Report on sanitation, dispensaries, and jails in Rajputana for 1921, and on vaccination for the year 1921-1922 - 1921-1922
Year: 1921
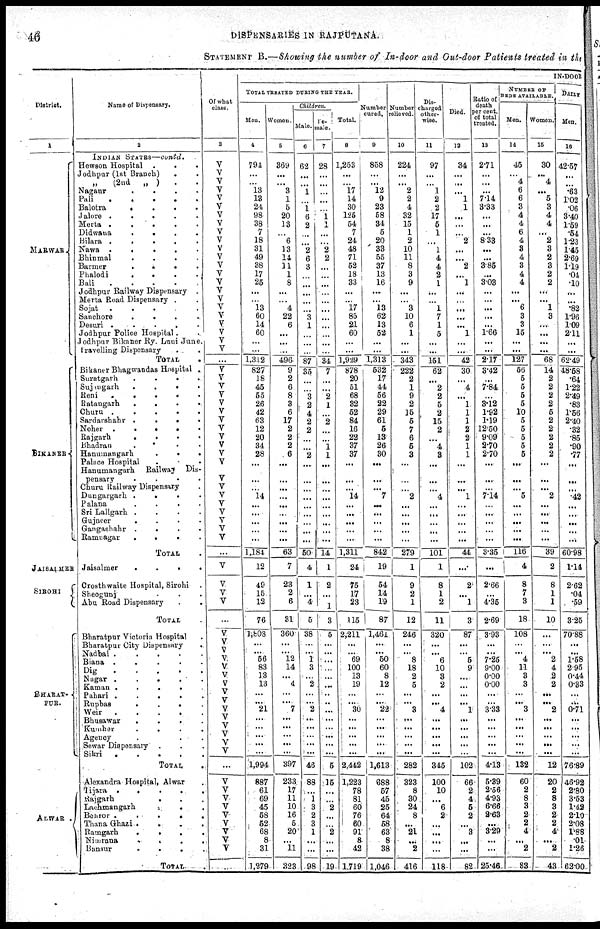
46
DISPENSARIES IN RAJPUTANA.
STATEMENT B.—Showing the number of In-door and Out-door Patients treated in the
District.
1
MARWAR
BIKANER
JAISALMER
SIROHI
BHARAT¬
PUR.
ALWAR.
Name of Dispensary.
2
INDIAN STATES—contd.
Hewson Hospital...
Jodhpur (1st Branch)..
„
(2nd
„
)..
Nagaur....
Pali.....
Balotra....
Jalore.....
Merta.....
Didwana....
Bilara.....
Nawa.....
Bhinmal....
Barmer....
Phalodi....
Bali
Jodhpur Railway Dispensary.
Merta Road Dispensary..
Sojat.....
Sanchore....
Desuri.....
Jodhpur Police Hospital. .
Jodhpur Bikaner Ry. Luni June.
Travelling Dispensary..
TOTAL.
Bikaner Bhagwandas Hospital.
Suratgarh....
Sujangarh....
Reni....
Ratangarh....
Churu.....
Sardarshahr....
Noher.....
Rajgarh....
Bhadran....
Hanumangarh...
Palace Hospital...
Hanumangarh
Railway Dis-
pensary....
Churu Railway Dispensary.
Dungargarh....
Palana....
Sri Lallgarh....
Gujneer....
Gangashahr....
Ramnagar....
TOTAL.
Jaisalmer....
Crosthwaite Hospital, Sirohi.
Sheogunj...
Abu Road Dispensary..
TOTAL.
Bharatpur Victoria Hospital.
Bharatpur City Dispensary.
Nadbai.....
Biana.....
Dig.....
Nagar.....
Kaman.....
Pahari.....
Rupbas.....
Weir.....
Bhusawar....
Kumher....
Agency....
Sewar Dispensary...
Sikri.....
TOTAL.
Alexandra Hospital, Alwar.
Tijara.....
Rajgarh.....
Lachmangarh...
Behror.....
Thana Ghazi....
Ramgarh....
Nimrana....
Bansur....
TOTAL.
Of what
class.
3
V
V
V
V
V
V
V
V
V
V
V
V
V
V
V
V
V
V
V
V
V
V
V
...
V
V
V
V
V
V
V
V
V
V
V
V
V
V
V
V
V
V
V
V
...
V
V
V
V
...
V
V
V V
V
V
V
V
V
V
V
V
V
V
V
...
V
V
V
V
V
V
V
V
V
...
IN-DOOR
TOTAL TREATED DURING THE YEAR.
Men.
4
794
...
...
13
13
24
98
38
7
18
31
49
38
17
25
...
...
13
60
14
60
...
...
1,312
827
18
45
55
26
42
63
12
20
34
28
...
...
...
14
...
...
...
...
...
1,184
12
49
15
12
76
1,808
...
...
56
83
13
13
...
...
21
...
...
...
...
...
1,994
887
61
69
45
58
52
68
8
31
1,279
Women.
5
369
...
...
3
1
5
20
13
...
6
13
14
11
1
8
...
...
4
22
6
...
...
...
496
9
2
6
8
3
6
17
2
2
2
6
...
...
...
...
...
...
...
...
...
63
7
23
2
6
31
360
...
...
12
14
...
4
...
...
7
...
...
...
...
...
397
233
17
11
10
16
5
20
...
11
323
Children.
Male.
6
62
...
...
1
...
1
6
2
...
...
2
6
3
...
...
...
...
...
3
1
...
...
...
87
35
...
...
3
2
4
2
2
...
...
2
...
...
...
...
...
...
...
...
...
50
4
1
...
4
5
38
...
...
1
3
...
2
...
...
2
...
...
...
...
...
46
88
...
1
3
2
3
1
...
...
98
Fe¬
male.
7
28
...
...
...
...
...
1
1
...
...
2
2
...
...
...
...
...
...
...
...
...
...
...
34
7
...
...
2
1
...
2
...
...
1
1
...
...
...
...
...
...
...
...
...
14
1
2
...
1
3
5
...
...
...
...
...
...
...
...
...
...
...
...
...
...
5
15
...
...
2
...
...
2
...
...
19
Total.
8
1,253
...
...
17
14
30
125
54
7
24
48
71
52
18
33
...
...
17
85
21
60
...
...
1,929
878
20
51
68
32
52
84
16
22
37
37
...
...
...
14
...
...
...
...
...
1,311
24
75
17
23
115
2,211
...
...
69
100
13
19
...
...
30
...
...
...
...
...
2,442
1,223
78
81
60
76
60
91
8
42
1,719
Number
cured.
9
858
...
...
12
9
23
58
34
5
20
33
55
37
13
16
...
...
13
62
13
52
...
...
1,313
532
17
44
56
22
29
61
5
13
26
30
...
...
...
7
...
...
...
...
...
842
19
54
14
19
87
1,461
...
...
50
60
8
12
...
...
22
...
...
...
...
...
1,613
688
57
45
25
64
58
63
8
38
1,046
Number
relieved.
10
224
...
...
2
2
4
32
15
1
2
10
11
8
3
9
...
...
3
10
6
1
...
...
343
222
2
1
9
2
15
5
7
6
5
3
...
...
...
2
...
...
...
...
...
279
1
9
2
1
12
246
...
...
8
18
2
5
...
...
3
...
...
...
...
...
282
323
8
30
24
8
...
21
...
2
416
Dis¬
charged
other¬
wise.
11
97
...
...
1
2
2
17
5
1
...
1
4
4
2
1
...
...
1
7
1
5
...
...
151
62
...
2
2
5
2
15
2
...
4
3
...
...
...
4
...
...
...
...
...
101
1
8
1
2
11
320
...
...
6
10
3
2
...
...
4
...
...
...
...
...
345
100
10
...
6
2
...
...
...
...
118
Died.
12
34
...
...
...
1
1
...
...
...
2
...
...
2
...
1
...
...
...
...
...
1
...
...
42
30
...
4
...
1
1
1
2
2
1
1
...
...
...
1
...
...
...
...
...
44
...
2
...
1
3
87
...
...
5
9
...
...
...
...
1
...
...
...
...
...
102
66
2
4
5
2
...
3
...
...
82
Ratio of
death
per cent.
of total
treated.
13
2.71
...
...
...
7.14
3.33
...
...
...
8.33
...
...
3.85
...
3.03
...
...
...
...
...
1.66
...
...
2.17
3.42
...
7.84
...
3.12
1.92
1.19
12.50
9.09
2.70
2.70
...
...
...
7.14
...
...
...
...
...
3.35
...
2.66
...
4.35
2.69
3.93
...
...
7.25
9.00
0.00
0.00
...
...
3.33
...
...
...
...
...
4.13
5.39
2.56
4.93
6.66
2.63
...
3.29
...
...
25.46
NUMBER OF
BEDS AVAILABLE.
Men.
14
45
...
4
6
6
3
4
4
6
4
3
4
3
4
4
...
...
6
3
3
15
...
...
127
56
5
5
5
5
10
5
5
5
5
5
...
...
...
5
...
...
...
...
...
116
4
8
7
3
18
108
...
...
4
11
3
3
...
...
3
...
...
...
...
...
132
60
2
8
3
2
2
4
...
2
83
Women.
15
30
...
4
...
5
3
4
4
...
2
3
2
3
2
2
...
...
1
3
...
...
...
...
68
14
2
2
2
2
5
2
2
2
2
2
...
...
...
2
...
...
...
...
...
39
2
8
1
1
10
...
...
...
2
4
2
2
...
...
2
...
...
...
...
...
12
20
2
8
3
2
2
4
...
2
43
DAILY
Men.
16
42.57
...
...
.63
1.02
.06
3.40
1.59
.54
1.23
1.45
2.69
1.19
.04
.10
...
...
.82
1.96
1.09
2.11
...
...
62.49
48.58
.64
1.22
2.49
.83
1.56
2.40
.32
.85
.90
.77
...
...
...
.42
...
...
...
...
...
60.98
1.14
2.62
.04
.59
3.25
70.88
...
...
1.58
2.95
0.44
0.33
...
...
0.71
...
...
...
...
...
76.89
46.92
2.80
3.53
1.42
2.10
2.08
1.88
.01
1.26
62.00